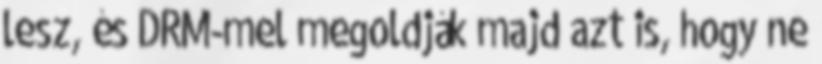
lesz, és DRM-mel megoldják majd azt is, hogy ne